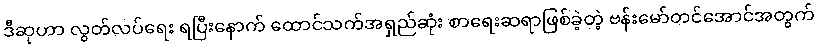
ဒီဆုဟာ လွတ်လပ်ရေး ရပြီးနောက် ထောင်သက်အရှည်ဆုံး စာရေးဆရာဖြစ်ခဲ့တဲ့ ဗန်းမော်တင်အောင်အတွက်